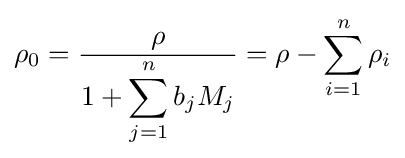
\rho _{0}={\frac {\rho }{1+\displaystyle \sum _{j=1}^{n}b_{j}M_{j}}}=\rho -\sum _{i=1}^{n}{\rho _{i}}